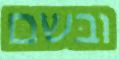
ובשם